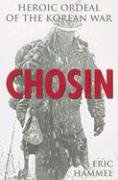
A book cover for Chosin: Heroic Ordeal of the Korean War; Eric Hammel; History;